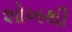
શોખથી